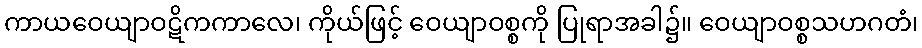
ကာယဝေယျာဝဋိကကာလေ၊ ကိုယ်ဖြင့် ဝေယျာဝစ္စကို ပြုရာအခါ၌။ ဝေယျာဝစ္စသဟဂတံ၊